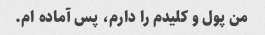
من پول و کلیدم را دارم، پس آماده ام.